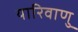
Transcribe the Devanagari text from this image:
यारिवाणु